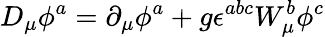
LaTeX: D_{\mu}\phi^{a}=\partial_{\mu}\phi^{a}+g\epsilon^{abc}W_{\mu}^{b}\phi^{c}